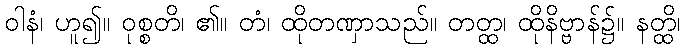
ဝါနံ၊ ဟူ၍။ ဝုစ္စတိ၊ ၏။ တံ၊ ထိုတဏှာသည်။ တတ္ထ၊ ထိုနိဗ္ဗာန်၌။ နတ္ထိ၊